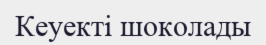
Кеуекті шоколады